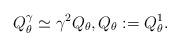
LaTeX: \begin{align*} Q^\gamma_\theta\simeq \gamma^2 Q_\theta, Q_\theta:=Q^1_\theta.\end{align*}